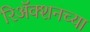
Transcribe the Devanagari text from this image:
रिअॅक्शनच्या